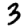
Digit: 3